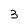
Character: 3